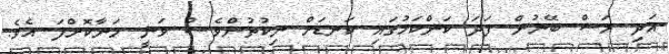
އަދި މަސް ބޭނުން ފަދަ ކަންކަމުގައި ކަނޑަށް ނިކުތުންވެސް ވަނީ މަނާކޮށްފަ އެވެ.